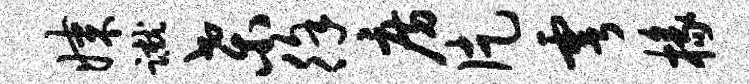
媒蹴桑徐房片雩椽